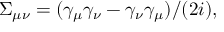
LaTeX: \Sigma _ { \mu \nu } = ( \gamma _ { \mu } \gamma _ { \nu } - \gamma _ { \nu } \gamma _ { \mu } ) / ( 2 i ) ,